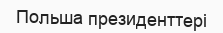
Польша президенттері